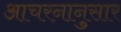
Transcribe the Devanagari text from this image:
आचरनानुसार